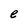
Character: e